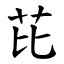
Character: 芘